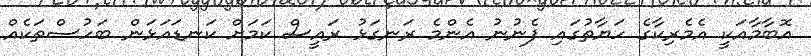
އޮބާމާއަކީ އެމެރިކާގެ ހަޔާތުގައި ފެނުނު އެންމެ ރަނގަޅު ރައީސް ކަމަށް ކަނޑައަޅަން ބަހުސްތަކެއް